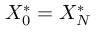
X _ { 0 } ^ { * } = X _ { N } ^ { * }